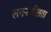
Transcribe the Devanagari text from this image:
लगनशीलता